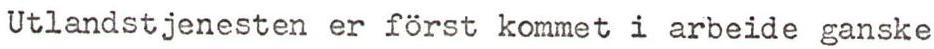
Utlandstjenesten er först kommet i arbeide ganske